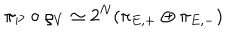
\pi _ { P } \circ \varrho _ { V } \simeq 2 ^ { N } ( \pi _ { E , + } \oplus \pi _ { E , - } )